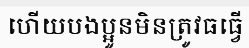
ហើយបងប្អូនមិនត្រូវធធ្វើ